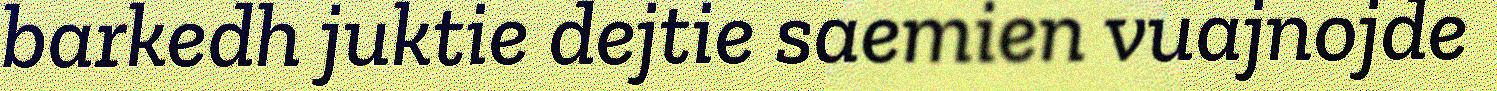
barkedh juktie dejtie saemien vuajnojde